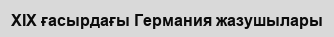
XIX ғасырдағы Германия жазушылары